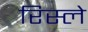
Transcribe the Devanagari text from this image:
रिस्ले